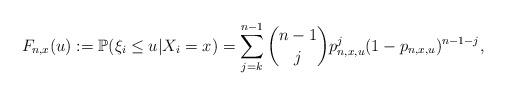
LaTeX: \begin{align*}F_{n,x}(u) := \mathbb{P}( \xi_i \leq u | X_i = x) = \sum_{j=k}^{n-1} \binom{n-1}{j}p_{n,x,u}^j(1-p_{n,x,u})^{n-1-j},\end{align*}